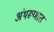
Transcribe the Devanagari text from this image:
अंथरूणात